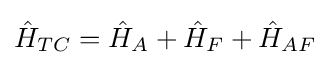
{\hat {H}}_{TC}={\hat {H}}_{A}+{\hat {H}}_{F}+{\hat {H}}_{AF}